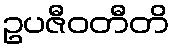
ဥပဇီဝတီတိ